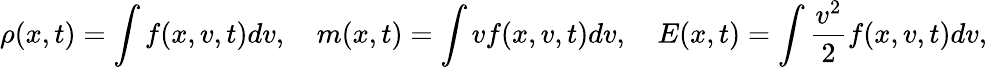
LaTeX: \rho(x,t)=\int f(x,v,t)dv,\quad m(x,t)=\int vf(x,v,t)dv,\quad E(x,t)=\int\frac{v^{2}}{2}f(x,v,t)dv,